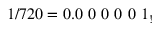
1 / 7 2 0 = 0 . 0 \ 0 \ 0 \ 0 \ 0 \ 1 _ { ! }